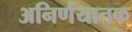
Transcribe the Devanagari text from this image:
अनिर्णयातक